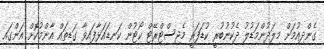
ގެންދިއުމަށް މިލަދުންމަޑުލު ދެކުނުބުރީ ކުޑަފަރީ މެޖިސްޓްރޭޓް ކޯޓުން ކަނޑައަޅާފައިވާ ގަޑިތައް އާންމުކޮށް އަންގައި